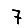
Digit: 7